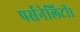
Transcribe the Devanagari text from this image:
पर्सनेलिटी।